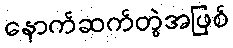
နောက်ဆက်တွဲအဖြစ်